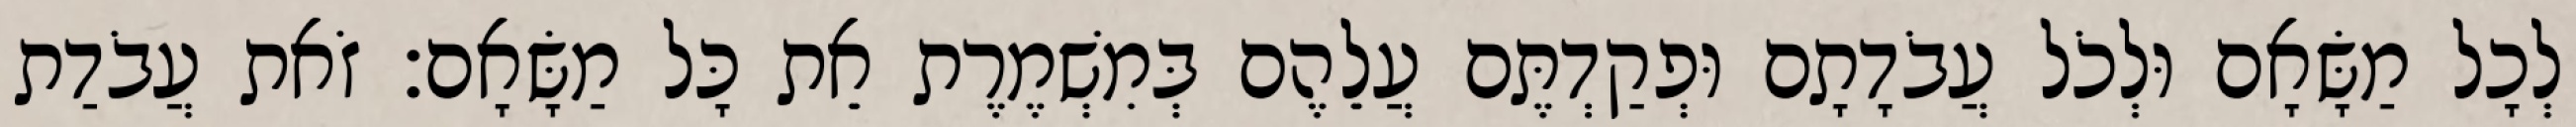
לְכָל מַשָּׂאָם וּלְכֹל עֲבֹדָתָם וּפְקַדְתֶּם עֲלֵהֶם בְּמִשְׁמֶרֶת אֵת כָּל מַשָּׂאָם׃ זֹאת עֲבֹדַת